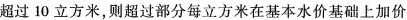
超过10立方米，则超过部分每立方米在基本水价基础上加价